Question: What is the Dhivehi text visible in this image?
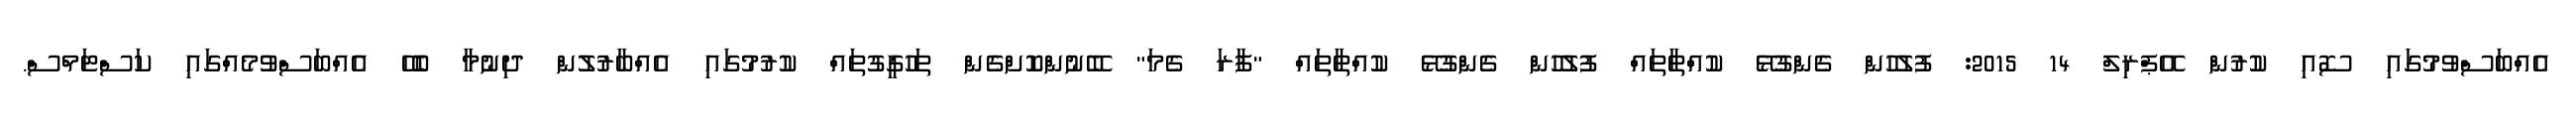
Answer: އެއްބަސްވުމުގައި ސޮއި ކުރުން އޭޕްރިލް 14 2015: ފުލުހުން ގެންގުޅޭ ކުއްތާތައް ފުލުހުން ގެންގުޅޭ ކުއްތާތައް "ފާރަ ގެމަ" ބޭނުންކޮށްގެން ތަހުގީގުތައް ކުރުމުގައި އެއްބާރުލުން ދިނުމާ ބެހޭ އެއްބަސްވުމެއްގައި ކަސްޓަމްސް.